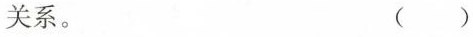
关系。 ( )